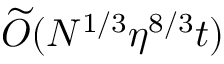
\widetilde { \cal O } ( N ^ { 1 / 3 } \eta ^ { 8 / 3 } t )